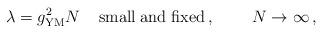
LaTeX: \begin{align*}\lambda = g_{\rm YM}^2 N \; \;\; \;{\rm small \; and \; fixed} \, , \;\;\;\;\;\;\;\;N \rightarrow \infty \, , \;\; \end{align*}